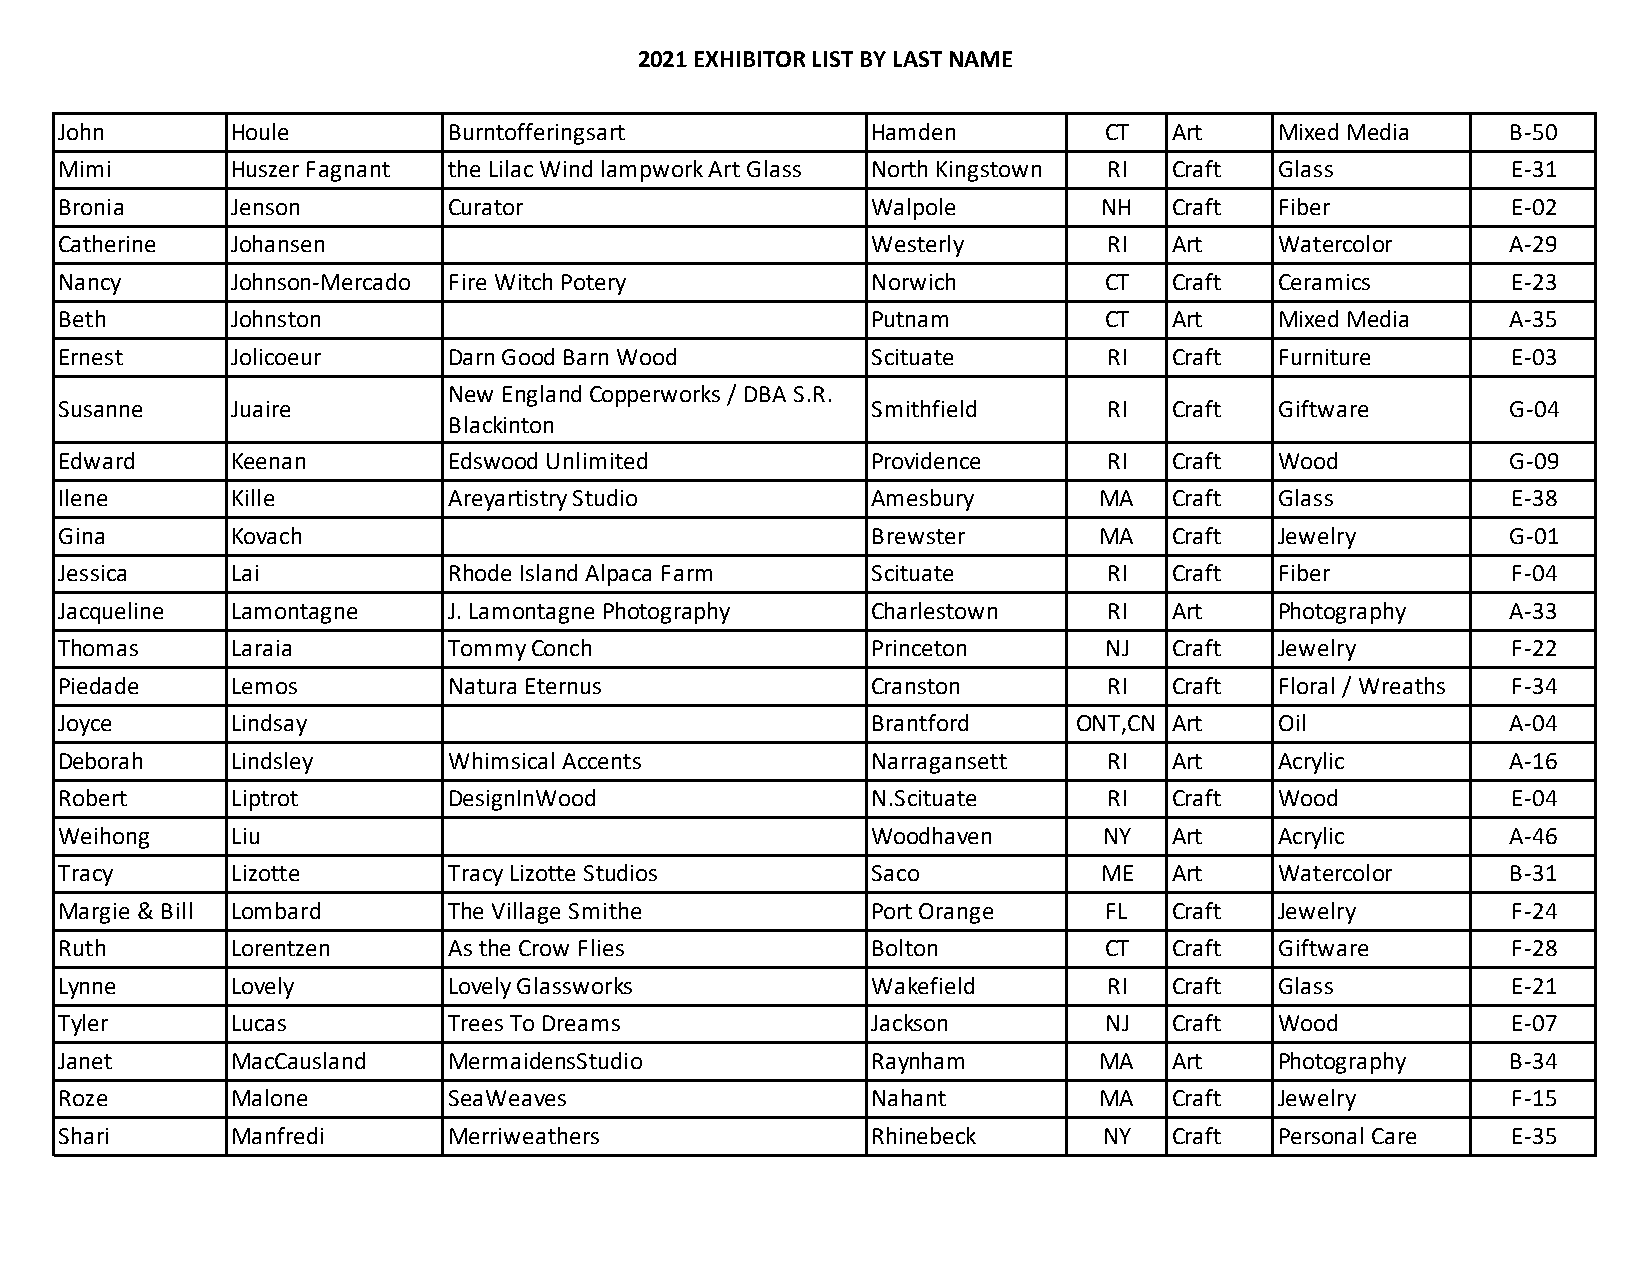
2021 EXHIBITOR LIST BY LAST NAME
 John       Houle          Burntofferingsart           Hamden         CT   Art    Mixed Media    B-50
 Mimi       Huszer Fagnant the Lilac Wind lampwork Art Glass North Kingstown RI Craft Glass      E-31
 Bronia     Jenson         Curator                     Walpole        NH   Craft  Fiber          E-02
 Catherine  Johansen                                   Westerly       RI   Art    Watercolor     A-29
 Nancy      Johnson-Mercado Fire Witch Potery          Norwich        CT   Craft  Ceramics       E-23
 Beth       Johnston                                   Putnam         CT   Art    Mixed Media    A-35
 Ernest     Jolicoeur      Darn Good Barn Wood         Scituate       RI   Craft  Furniture      E-03
 New England Copperworks / DBA S.R.
 Susanne    Juaire                                     Smithfield     RI   Craft  Giftware       G-04
 Blackinton
 Edward     Keenan         Edswood Unlimited           Providence     RI   Craft  Wood           G-09
 Ilene      Kille          Areyartistry Studio         Amesbury       MA   Craft  Glass          E-38
 Gina       Kovach                                     Brewster       MA   Craft  Jewelry        G-01
 Jessica    Lai            Rhode Island Alpaca Farm    Scituate       RI   Craft  Fiber          F-04
 Jacqueline Lamontagne     J. Lamontagne Photography   Charlestown    RI   Art    Photography    A-33
 Thomas     Laraia         Tommy Conch                 Princeton      NJ   Craft  Jewelry        F-22
 Piedade    Lemos          Natura Eternus              Cranston       RI   Craft  Floral / Wreaths F-34
 Joyce      Lindsay                                    Brantford    ONT,CN Art    Oil            A-04
 Deborah    Lindsley       Whimsical Accents           Narragansett   RI   Art    Acrylic        A-16
 Robert     Liptrot        DesignInWood                N.Scituate     RI   Craft  Wood           E-04
 Weihong    Liu                                        Woodhaven      NY   Art    Acrylic        A-46
 Tracy      Lizotte        Tracy Lizotte Studios       Saco           ME   Art    Watercolor     B-31
 Margie & Bill Lombard     The Village Smithe          Port Orange    FL   Craft  Jewelry        F-24
 Ruth       Lorentzen      As the Crow Flies           Bolton         CT   Craft  Giftware       F-28
 Lynne      Lovely         Lovely Glassworks           Wakefield      RI   Craft  Glass          E-21
 Tyler      Lucas          Trees To Dreams             Jackson        NJ   Craft  Wood           E-07
 Janet      MacCausland    MermaidensStudio            Raynham        MA   Art    Photography    B-34
 Roze       Malone         SeaWeaves                   Nahant         MA   Craft  Jewelry        F-15
 Shari      Manfredi       Merriweathers               Rhinebeck      NY   Craft  Personal Care  E-35